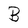
Character: B